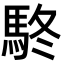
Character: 𩢦